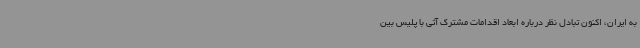
به ایران، اکنون تبادل نظر درباره ابعاد اقدامات مشترک آتی با پلیس بین